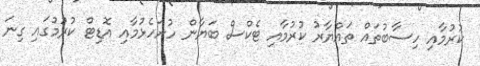
ކުރުމާއި ހިސާބުތައް ތައްޔާރު ކުރުމާއި ޓެކްސް ބަޔާން ހުށަހެޅުމާއި އޮޑިޓް ކުރުމުގައި ގިނަ